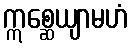
ဣစ္ဆေယျာမဟံ